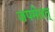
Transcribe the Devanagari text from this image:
जपमेतत्